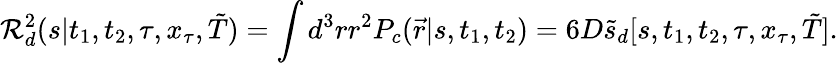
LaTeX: {\cal R}_{d}^{2}(s|t_{1},t_{2},\tau,x_{\tau},\tilde{T})=\int d^{3}rr^{2}P_{c}(\vec{r}|s,t_{1},t_{2})=6D\tilde{s}_{d}[s,t_{1},t_{2},\tau,x_{\tau},\tilde{T}].